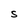
Character: S